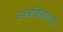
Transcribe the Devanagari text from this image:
उच्चशिक्षणाच्या